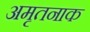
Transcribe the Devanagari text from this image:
अमृतनाक